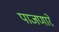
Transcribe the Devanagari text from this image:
पाजणारे